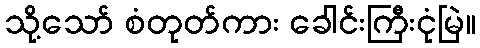
သို့သော် စံတုတ်ကား ခေါင်းကြီးငုံမြဲ။